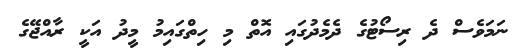
ނަމަވެސް ދެ ރިސޯޓުގެ ދެމެދުގައި އޮތް މި ހިތްގައިމު މީދު އަކީ ރާއްޖޭގެ